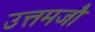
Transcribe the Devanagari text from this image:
उत्तमजौ